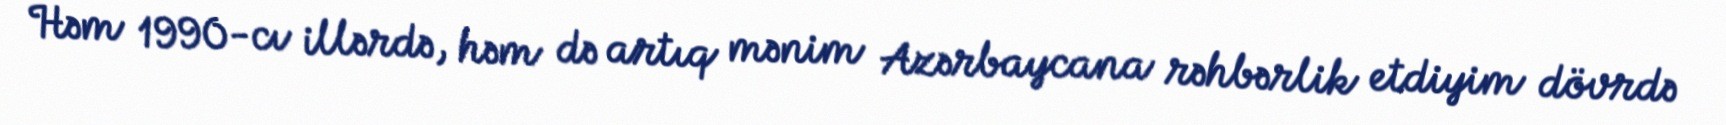
Həm 1990-cı illərdə, həm də artıq mənim Azərbaycana rəhbərlik etdiyim dövrdə